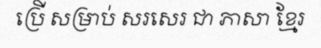
ប្រើ សម្រាប់ សរសេរ ជា ភាសា ខ្មែរ